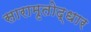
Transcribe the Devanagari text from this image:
सारामृतोद्धार